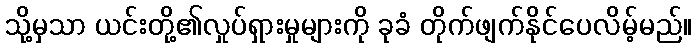
သို့မှသာ ယင်းတို့၏လှုပ်ရှားမှုများကို ခုခံ တိုက်ဖျက်နိုင်ပေလိမ့်မည်။